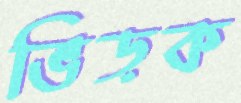
ভিড়ক